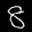
Label: 8